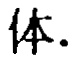
体.